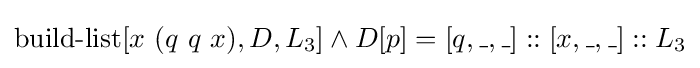
\operatorname {build-list} [x\ (q\ q\ x),D,L_{3}]\land D[p]=[q,\_,\_]::[x,\_,\_]::L_{3}